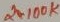
Text: 2X100K